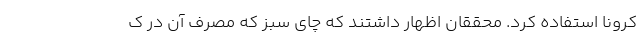
کرونا استفاده کرد. محققان اظهار داشتند که چای سبز که مصرف آن در ک